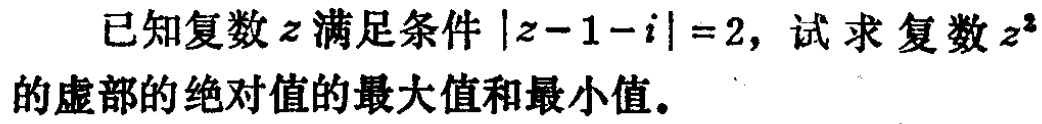
已知复数\(z\)满足条件\(\vert z - 1 - i\vert = 2\)，试求复数\(z^{2}\)的虚部的绝对值的最大值和最小值。